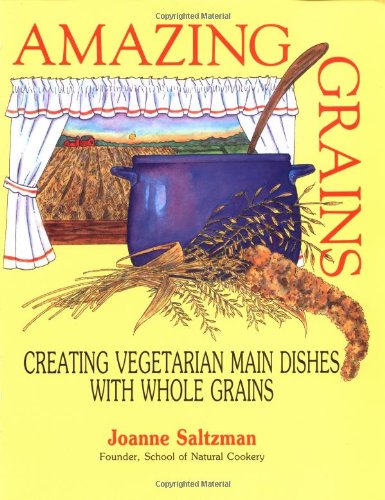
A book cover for Amazing Grains: Creating Vegetarian Main Dishes with Whole Grains; Joanne Saltzman; Cookbooks, Food & Wine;